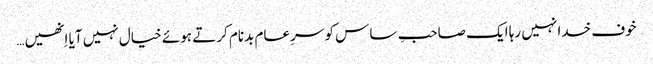
خوف خدا نہیں رہا ایک صاحبِ ساس کو سرِعام بدنام کرتے ہوئے خیال نہیں آیا اِنھیں…